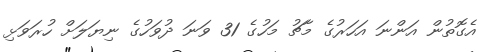
އެގޮތުން އަންނަ އަހަރުގެ މާޗު މަހުގެ 31 ވަނަ ދުވަހުގެ ނިޔަލަށް ހުރަވަޅި